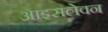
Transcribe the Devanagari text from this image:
आइसलेवन